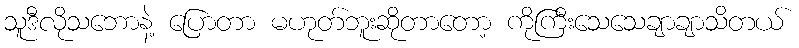
သူဒီလိုသဘောနဲ့ ပြောတာ မဟုတ်ဘူးဆိုတာတော့ ကိုကြီးသေသေချာချာသိတယ်